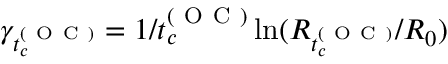
\gamma _ { t _ { c } ^ { ( \mathrm { ~ O ~ C ~ } ) } } = 1 / t _ { c } ^ { ( \mathrm { ~ O ~ C ~ } ) } \ln ( R _ { t _ { c } ^ { ( \mathrm { ~ O ~ C ~ } ) } } / R _ { 0 } )